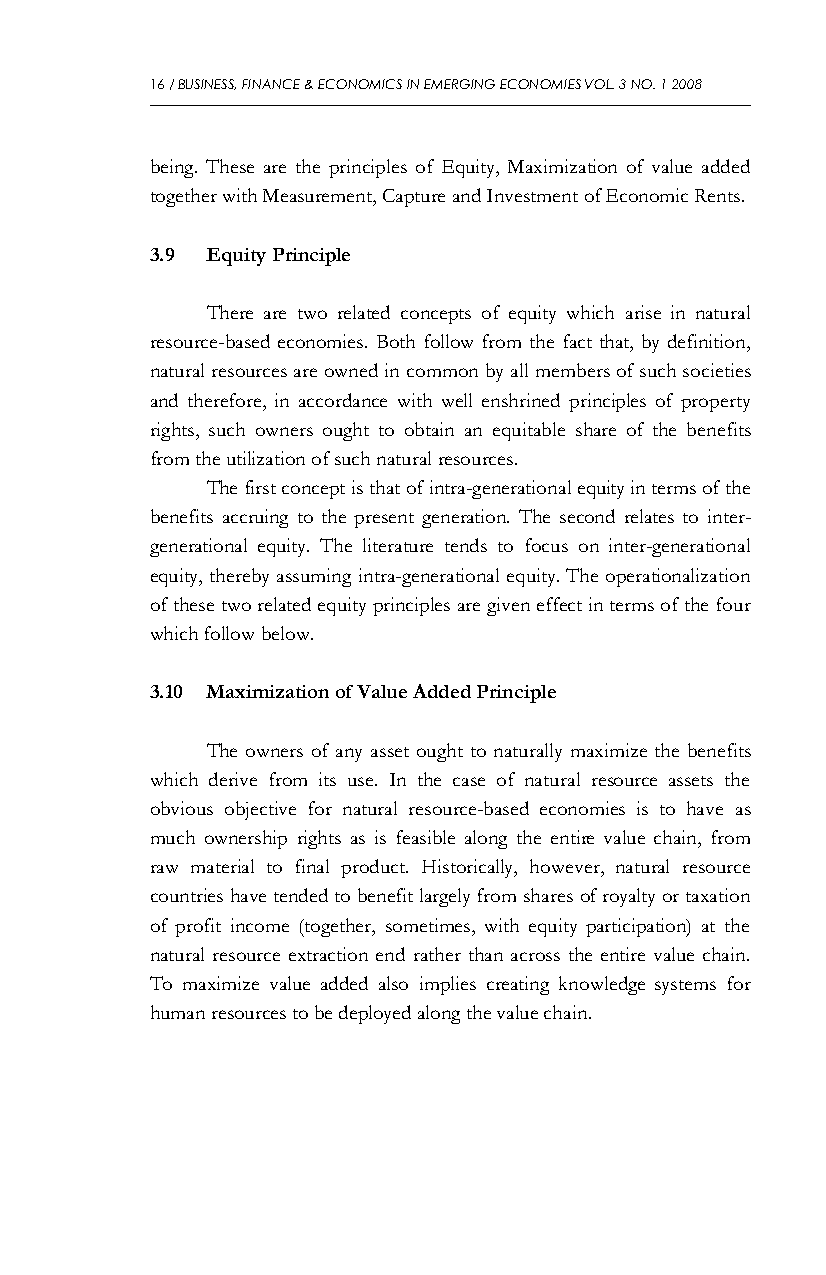
16 / BUSINESS, FINANCE & ECONOMICS IN EMERGING ECONOMIES VOL. 3 NO. 1 2008
 being. These are the principles of Equity, Maximization of value added
 together with Measurement, Capture and Investment of Economic Rents.
 3.9 Equity Principle
 There are two related concepts of equity which arise in natural
 resource-based economies. Both follow from the fact that, by definition,
 natural resources are owned in common by all members of such societies
 and therefore, in accordance with well enshrined principles of property
 rights, such owners ought to obtain an equitable share of the benefits
 from the utilization of such natural resources.
 The first concept is that of intra-generational equity in terms of the
 benefits accruing to the present generation. The second relates to inter-
 generational equity. The literature tends to focus on inter-generational
 equity, thereby assuming intra-generational equity. The operationalization
 of these two related equity principles are given effect in terms of the four
 which follow below.
 3.10 Maximization of Value Added Principle
 The owners of any asset ought to naturally maximize the benefits
 which derive from its use. In the case of natural resource assets the
 obvious objective for natural resource-based economies is to have as
 much ownership rights as is feasible along the entire value chain, from
 raw material to final product. Historically, however, natural resource
 countries have tended to benefit largely from shares of royalty or taxation
 of profit income (together, sometimes, with equity participation) at the
 natural resource extraction end rather than across the entire value chain.
 To maximize value added also implies creating knowledge systems for
 human resources to be deployed along the value chain.